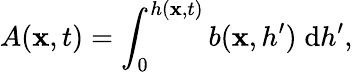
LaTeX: A(\mathbf{x},t)=\int_{0}^{h(\mathbf{x},t)}b(\mathbf{x},h^{\prime})\; {\mathrm{{d}}}h^{\prime},